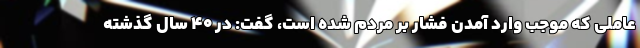
عاملی که موجب وارد آمدن فشار بر مردم شده است، گفت: در ۴۰ سال گذشته